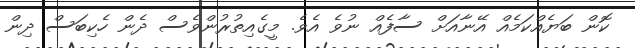
ކޮން ބަޔެއްކަމެއް އޭނާއަށް ސާފެއް ނުވެ އެވެ. މީގެއިތުރުންވެސް ދެން ހެކިބަސް ދިން